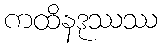
ကထိနဒုဿဿ